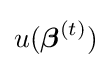
u({\boldsymbol {\beta }}^{(t)})